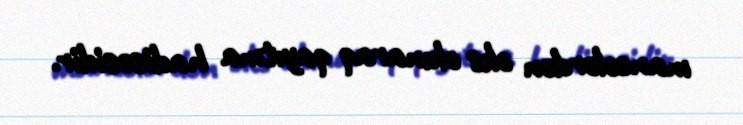
maneələrdən əks olunaraq qayıtma hadisəsidir.